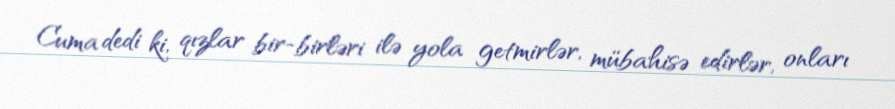
Cuma dedi ki, qızlar bir-birləri ilə yola getmirlər, mübahisə edirlər, onları